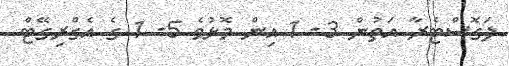
ލަގޮސްޓެރާ އަތުން 3- 1 އިން މޮޅުވެ 5- 1 ގެ އެގްރިގޭޓް